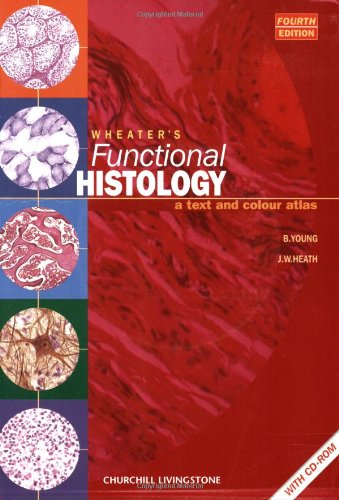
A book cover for Wheater's Functional Histology: A Text and Colour Atlas, 4e (Functional Histology (Wheater's)); Barbara Young BSc  Med Sci (Hons)  PhD  MB  BChir  MRCP  FRCPA; Medical Books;